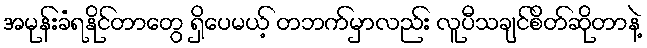
အမုန်းခံရနိုင်တာတွေ ရှိပေမယ့် တဘက်မှာလည်း လူပီသချင်စိတ်ဆိုတာနဲ့